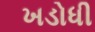
ખડોધી